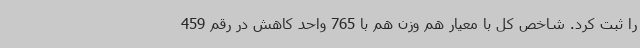
را ثبت کرد. شاخص کل با معیار هم وزن هم با 765 واحد کاهش در رقم 459